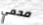
محمي